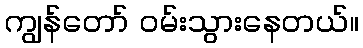
ကျွန်တော် ဝမ်းသွားနေတယ်။